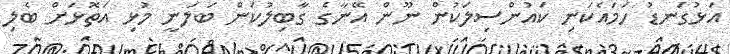
އަޅުގަނޑު ހަމައެކަނި ކައުންސިލަކުން ނޫން އޭނާގެ ގާބިލުކަން ބަލަނީ މުޅި އަތޮޅަށް ބެލި